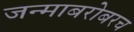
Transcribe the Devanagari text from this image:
जन्माबरोबरच